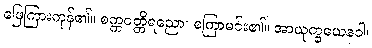
ဖြေကြားကုန်၏။ စက္ကဝတ္တိရညော၊ စကြာမင်း၏။ အာယုက္ခယေနဝါ၊